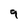
Character: 9